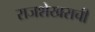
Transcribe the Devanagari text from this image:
राजशेखराची